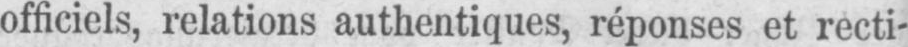
officiels, relations authentiques, réponses et recti-